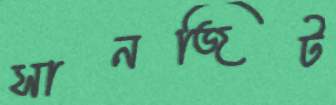
সানজিট